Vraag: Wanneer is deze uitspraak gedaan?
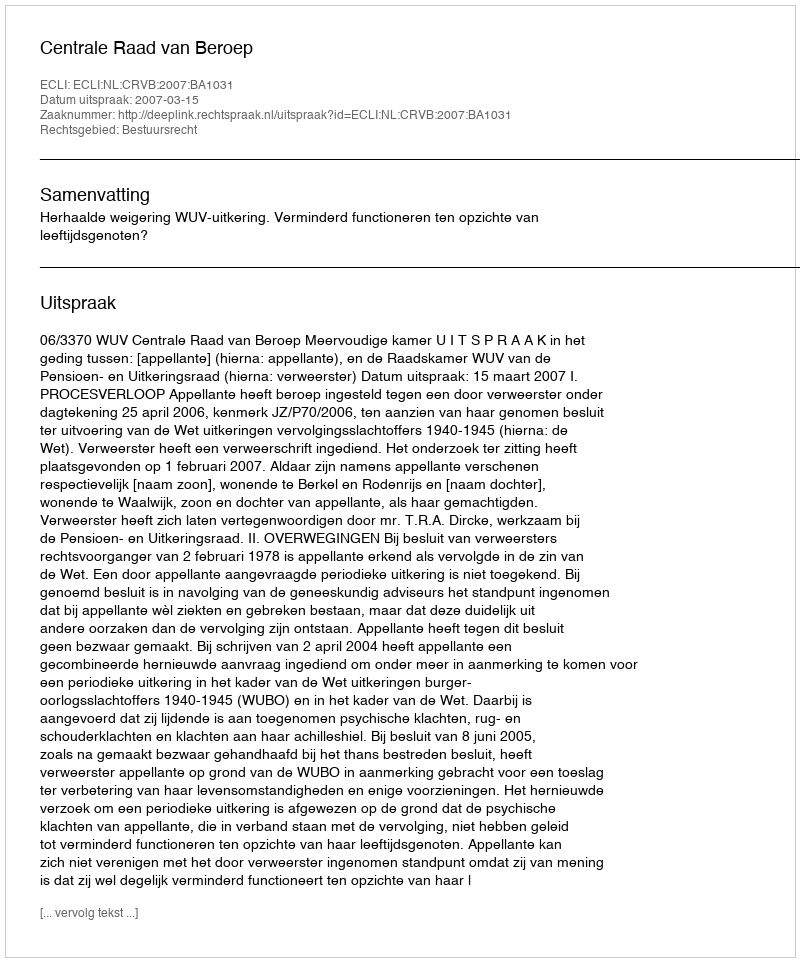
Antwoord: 2007-03-15